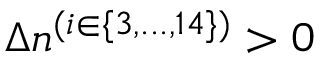
\Delta n ^ { ( i \in \{ 3 , . . . , 1 4 \} ) } > 0